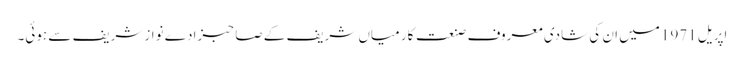
اپریل 1971 میں ان کی شادی معروف صنعت کار میاں شریف کے صاحبزادے نواز شریف سے ہوئی۔